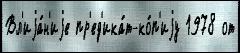
Вл'иjа́н'иjе пр'ед'ика́т-ко́п'иjу 1978 от